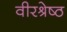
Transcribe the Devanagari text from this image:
वीरश्रेष्ठ